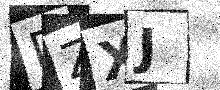
Text: DZXJ